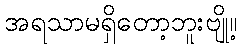
အရသာမရှိတော့ဘူးဗျို့။